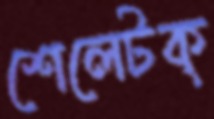
শেলেটক্